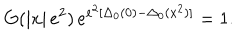
LaTeX: G ( \left| x \right| e ^ { 2 } ) \, e ^ { e ^ { 2 } [ \Delta _ { 0 } ( 0 ) - \Delta _ { 0 } ( x ^ { 2 } ) ] } = 1 .